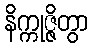
နိက္ကုဇ္ဇိတွာ